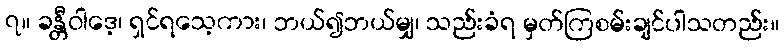
၇။ ခန္တီဝါဒေ့၊ ရှင်ရသေ့ကား၊ ဘယ်၍ဘယ်မျှ၊ သည်းခံရ မှတ်ကြစမ်းချင်ပါသတည်း။